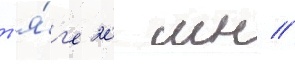
т'я́г'е 20 мн //